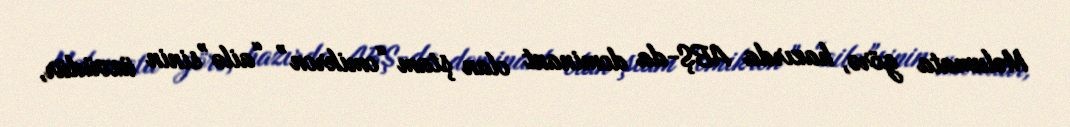
Məlumata görə, hazırda ABŞ-da dominant olan ştam “omikron” “ailə”sinin üzvüdür,